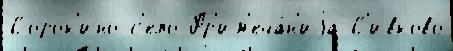
Сорок'ино с'ело Пр'им'еча́н'иjа С'ивково